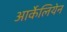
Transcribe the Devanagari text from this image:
आर्केलियेन